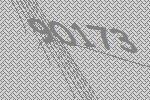
90173